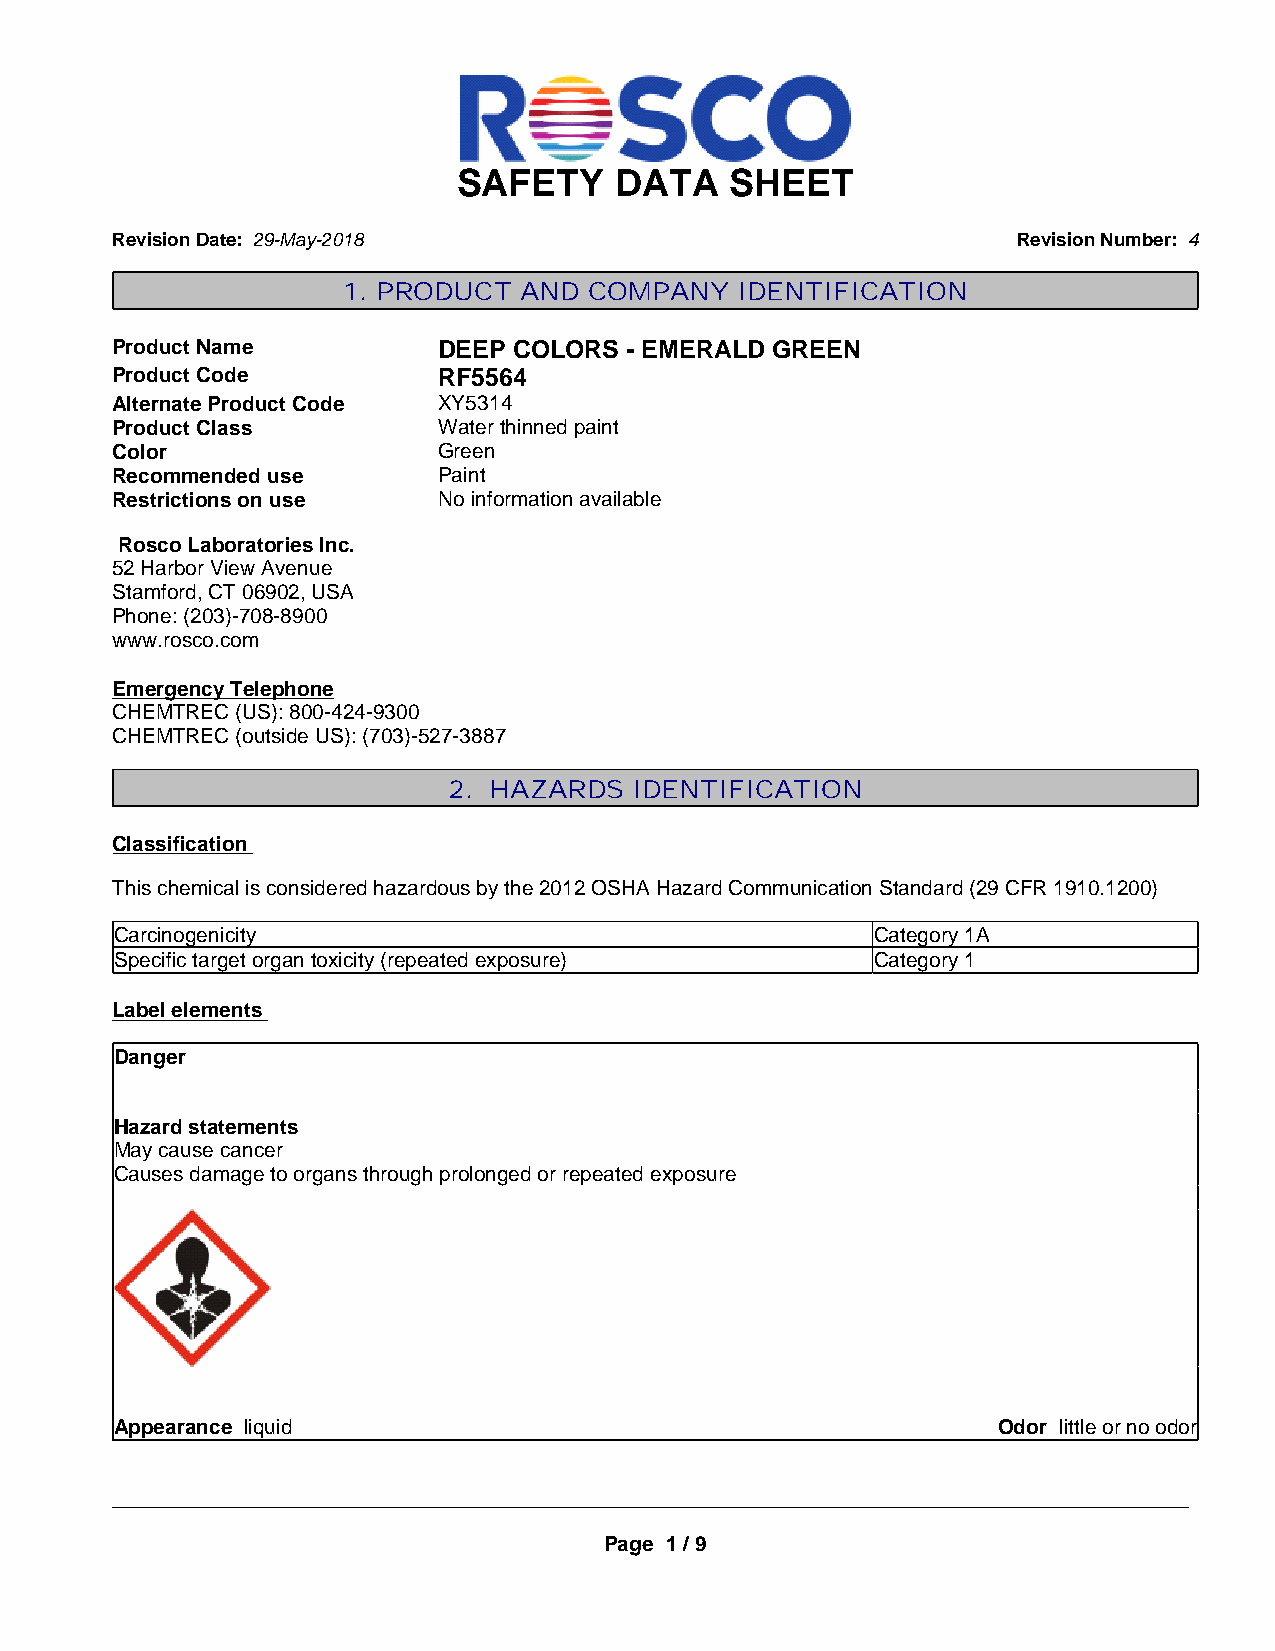
SAFETY     DATA   SHEET
 Revision Date: 29-May-2018                                  Revision Number: 4
 1. PRODUCT AND  COMPANY   IDENTIFICATION
 Product Name          DEEP COLORS  - EMERALD GREEN
 Product Code          RF5564
 Alternate Product Code XY5314
 Product Class         Water thinned paint
 Color                 Green
 Recommended use       Paint
 Restrictions on use   No information available
 Rosco Laboratories Inc.
 52 Harbor View Avenue
 Stamford, CT 06902, USA
 Phone: (203)-708-8900
 www.rosco.com
 Emergency Telephone
 CHEMTREC (US): 800-424-9300
 CHEMTREC (outside US): (703)-527-3887
 2. HAZARDS  IDENTIFICATION
 Classification
 This chemical is considered hazardous by the 2012 OSHA Hazard Communication Standard (29 CFR 1910.1200)
 Carcinogenicity                                   Category 1A
 Specific target organ toxicity (repeated exposure) Category 1
 Label elements
 Danger
 Hazard statements
 May cause cancer
 Causes damage to organs through prolonged or repeated exposure
 Appearance liquid                                         Odor little or no odor
 _____________________________________________________________________________________________
 Page 1 / 9